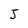
Character: j